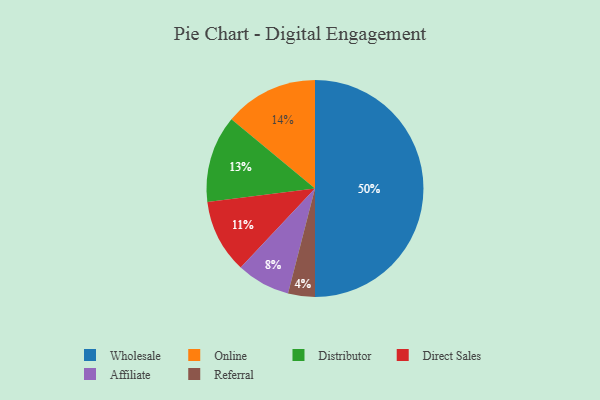
{"axis": {"x": "Category", "y": "Percentage"}, "legend": ["Affiliate", "Direct Sales", "Distributor", "Online", "Referral", "Wholesale"], "data": [{"x": "Referral", "y": 4, "type": "Referral"}, {"x": "Affiliate", "y": 8, "type": "Affiliate"}, {"x": "Distributor", "y": 13, "type": "Distributor"}, {"x": "Online", "y": 14, "type": "Online"}, {"x": "Wholesale", "y": 50, "type": "Wholesale"}, {"x": "Direct Sales", "y": 11, "type": "Direct Sales"}]}